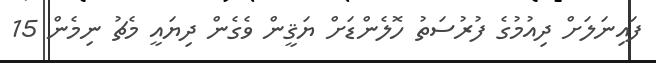
ފައިނަލަށް ދިއުމުގެ ފުރުސަތު ހޮލެންޑަށް ޔަޤީން ވެގެން ދިޔައީ މެޗު ނިމެން 15